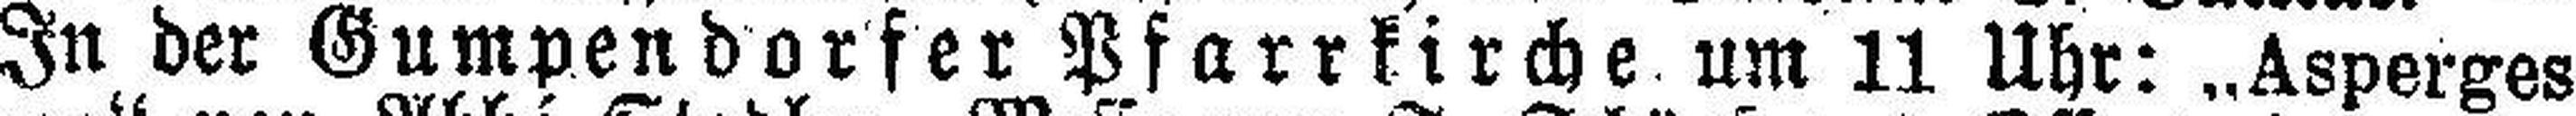
In der Gumpendorfer Pfarrkirche um 11 Uhr: „Asperges